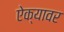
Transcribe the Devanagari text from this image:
ऐक्यावर